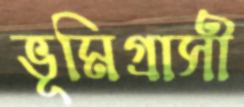
ভূমিগ্রাসী